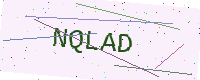
Text: NQLAD